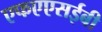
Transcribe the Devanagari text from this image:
एफएएसईबी